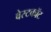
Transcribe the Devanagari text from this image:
वेस्टकॉट